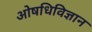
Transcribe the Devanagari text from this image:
ओषधिविज्ञान